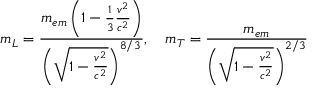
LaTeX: m _ { L } = { \frac { m _ { e m } \left( 1 - { \frac { 1 } { 3 } } { \frac { v ^ { 2 } } { c ^ { 2 } } } \right) } { \left( { \sqrt { 1 - { \frac { v ^ { 2 } } { c ^ { 2 } } } } } \right) ^ { 8 / 3 } } } , \quad m _ { T } = { \frac { m _ { e m } } { \left( { \sqrt { 1 - { \frac { v ^ { 2 } } { c ^ { 2 } } } } } \right) ^ { 2 / 3 } } }